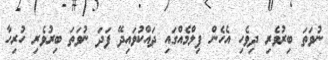
ނުވަތަ ބިރުވެރި ދިވެހި އެހެން ފިލްމެއްގައި ދައްކުވައިދޭ ފަދަ ނުވަތަ ބިރުވެރި ހުރިހާ